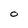
Character: O